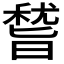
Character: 𥡞